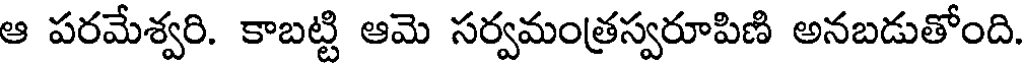
ఆ పరమేశ్వరి. కాబట్టి ఆమె సర్వమంత్రస్వరూపిణి అనబడుతోంది.